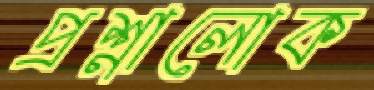
প্রশ্নালোক